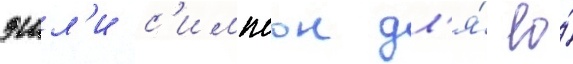
эшл'и с'импсон дл'я́ ео́